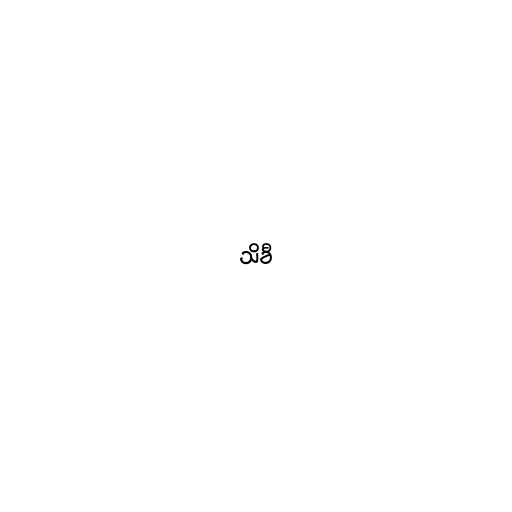
သိခီ